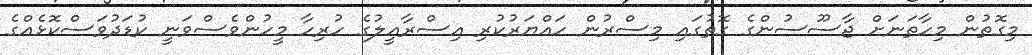
މިގޮތުން މިހާތަނަށް ޖާސޫސުންގެ ގޮތުގައި މިސްރުން ހައްޔަރުކުރި އިސްރާއީލުގެ ހުރިހާ މީހުންވެސްވަނީ ކުޑަދުވަސްކޮޅެއްގެ